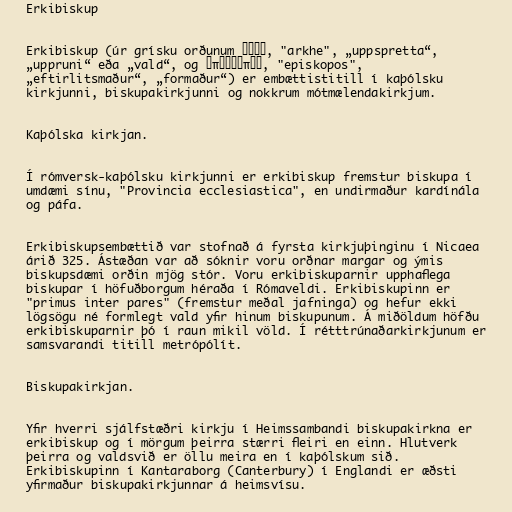
Erkibiskup

Erkibiskup (úr grísku orðunum αρχή, "arkhe", „uppspretta“,
„uppruni“ eða „vald“, og επισκοπος, "episkopos",
„eftirlitsmaður“, „formaður“) er embættistitill í kaþólsku
kirkjunni, biskupakirkjunni og nokkrum mótmælendakirkjum.

Kaþólska kirkjan.

Í rómversk-kaþólsku kirkjunni er erkibiskup fremstur biskupa í
umdæmi sínu, "Provincia ecclesiastica", en undirmaður kardínála
og páfa.

Erkibiskupsembættið var stofnað á fyrsta kirkjuþinginu í Nicaea
árið 325. Ástæðan var að sóknir voru orðnar margar og ýmis
biskupsdæmi orðin mjög stór. Voru erkibiskuparnir upphaflega
biskupar í höfuðborgum héraða í Rómaveldi. Erkibiskupinn er
"primus inter pares" (fremstur meðal jafninga) og hefur ekki
lögsögu né formlegt vald yfir hinum biskupunum. Á miðöldum höfðu
erkibiskuparnir þó í raun mikil völd. Í rétttrúnaðarkirkjunum er
samsvarandi titill metrópólít.

Biskupakirkjan.

Yfir hverri sjálfstæðri kirkju í Heimssambandi biskupakirkna er
erkibiskup og í mörgum þeirra stærri fleiri en einn. Hlutverk
þeirra og valdsvið er öllu meira en í kaþólskum sið.
Erkibiskupinn í Kantaraborg (Canterbury) í Englandi er æðsti
yfirmaður biskupakirkjunnar á heimsvísu.